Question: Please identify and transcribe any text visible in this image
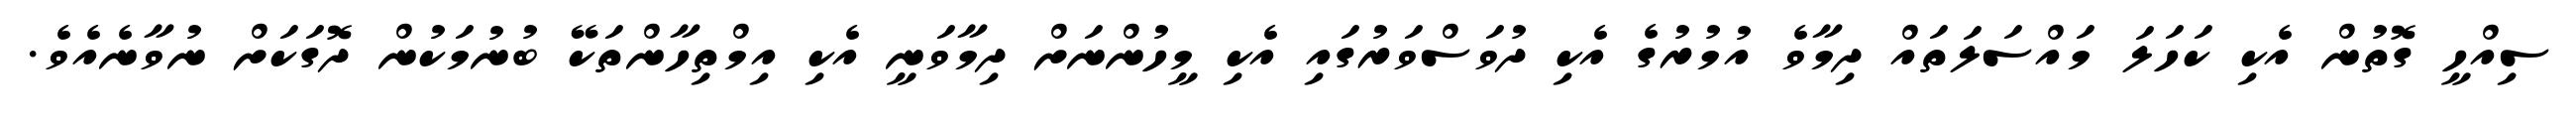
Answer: ސިއްހީ ގޮތުން އެކި ކަހަލަ މައްސަލަތައް ދިމާވެ އުމުރުގެ އެކި ދުވަސްވަރުގައި އެކި މީހުންނަށް ދިމާވަނީ އެކި އިމްތިހާންތަކޭ ބުނުމަކުން ދޮގަކަށް ނުވާނެއެވެ.